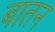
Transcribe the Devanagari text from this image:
बातन